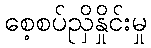
စေ့စပ်ညှိနှိုင်းမှု